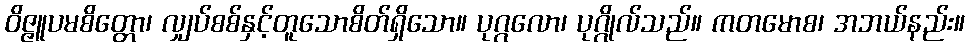
ဝိဇ္ဇူပမစိတ္တော၊ လျှပ်စစ်နှင့်တူသောစိတ်ရှိသော။ ပုဂ္ဂလော၊ ပုဂ္ဂိုလ်သည်။ ကတမောစ၊ အဘယ်နည်း။